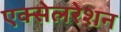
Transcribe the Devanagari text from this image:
एक्‍सेलरेशन